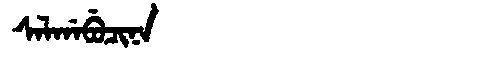
Manchu: ᠰᠠᠯᡤᠠᠪᡠᠴᡳᠨᠠ
Romanization: SALGABUCINA